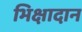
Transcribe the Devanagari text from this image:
भिक्षादान